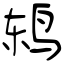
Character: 鸫